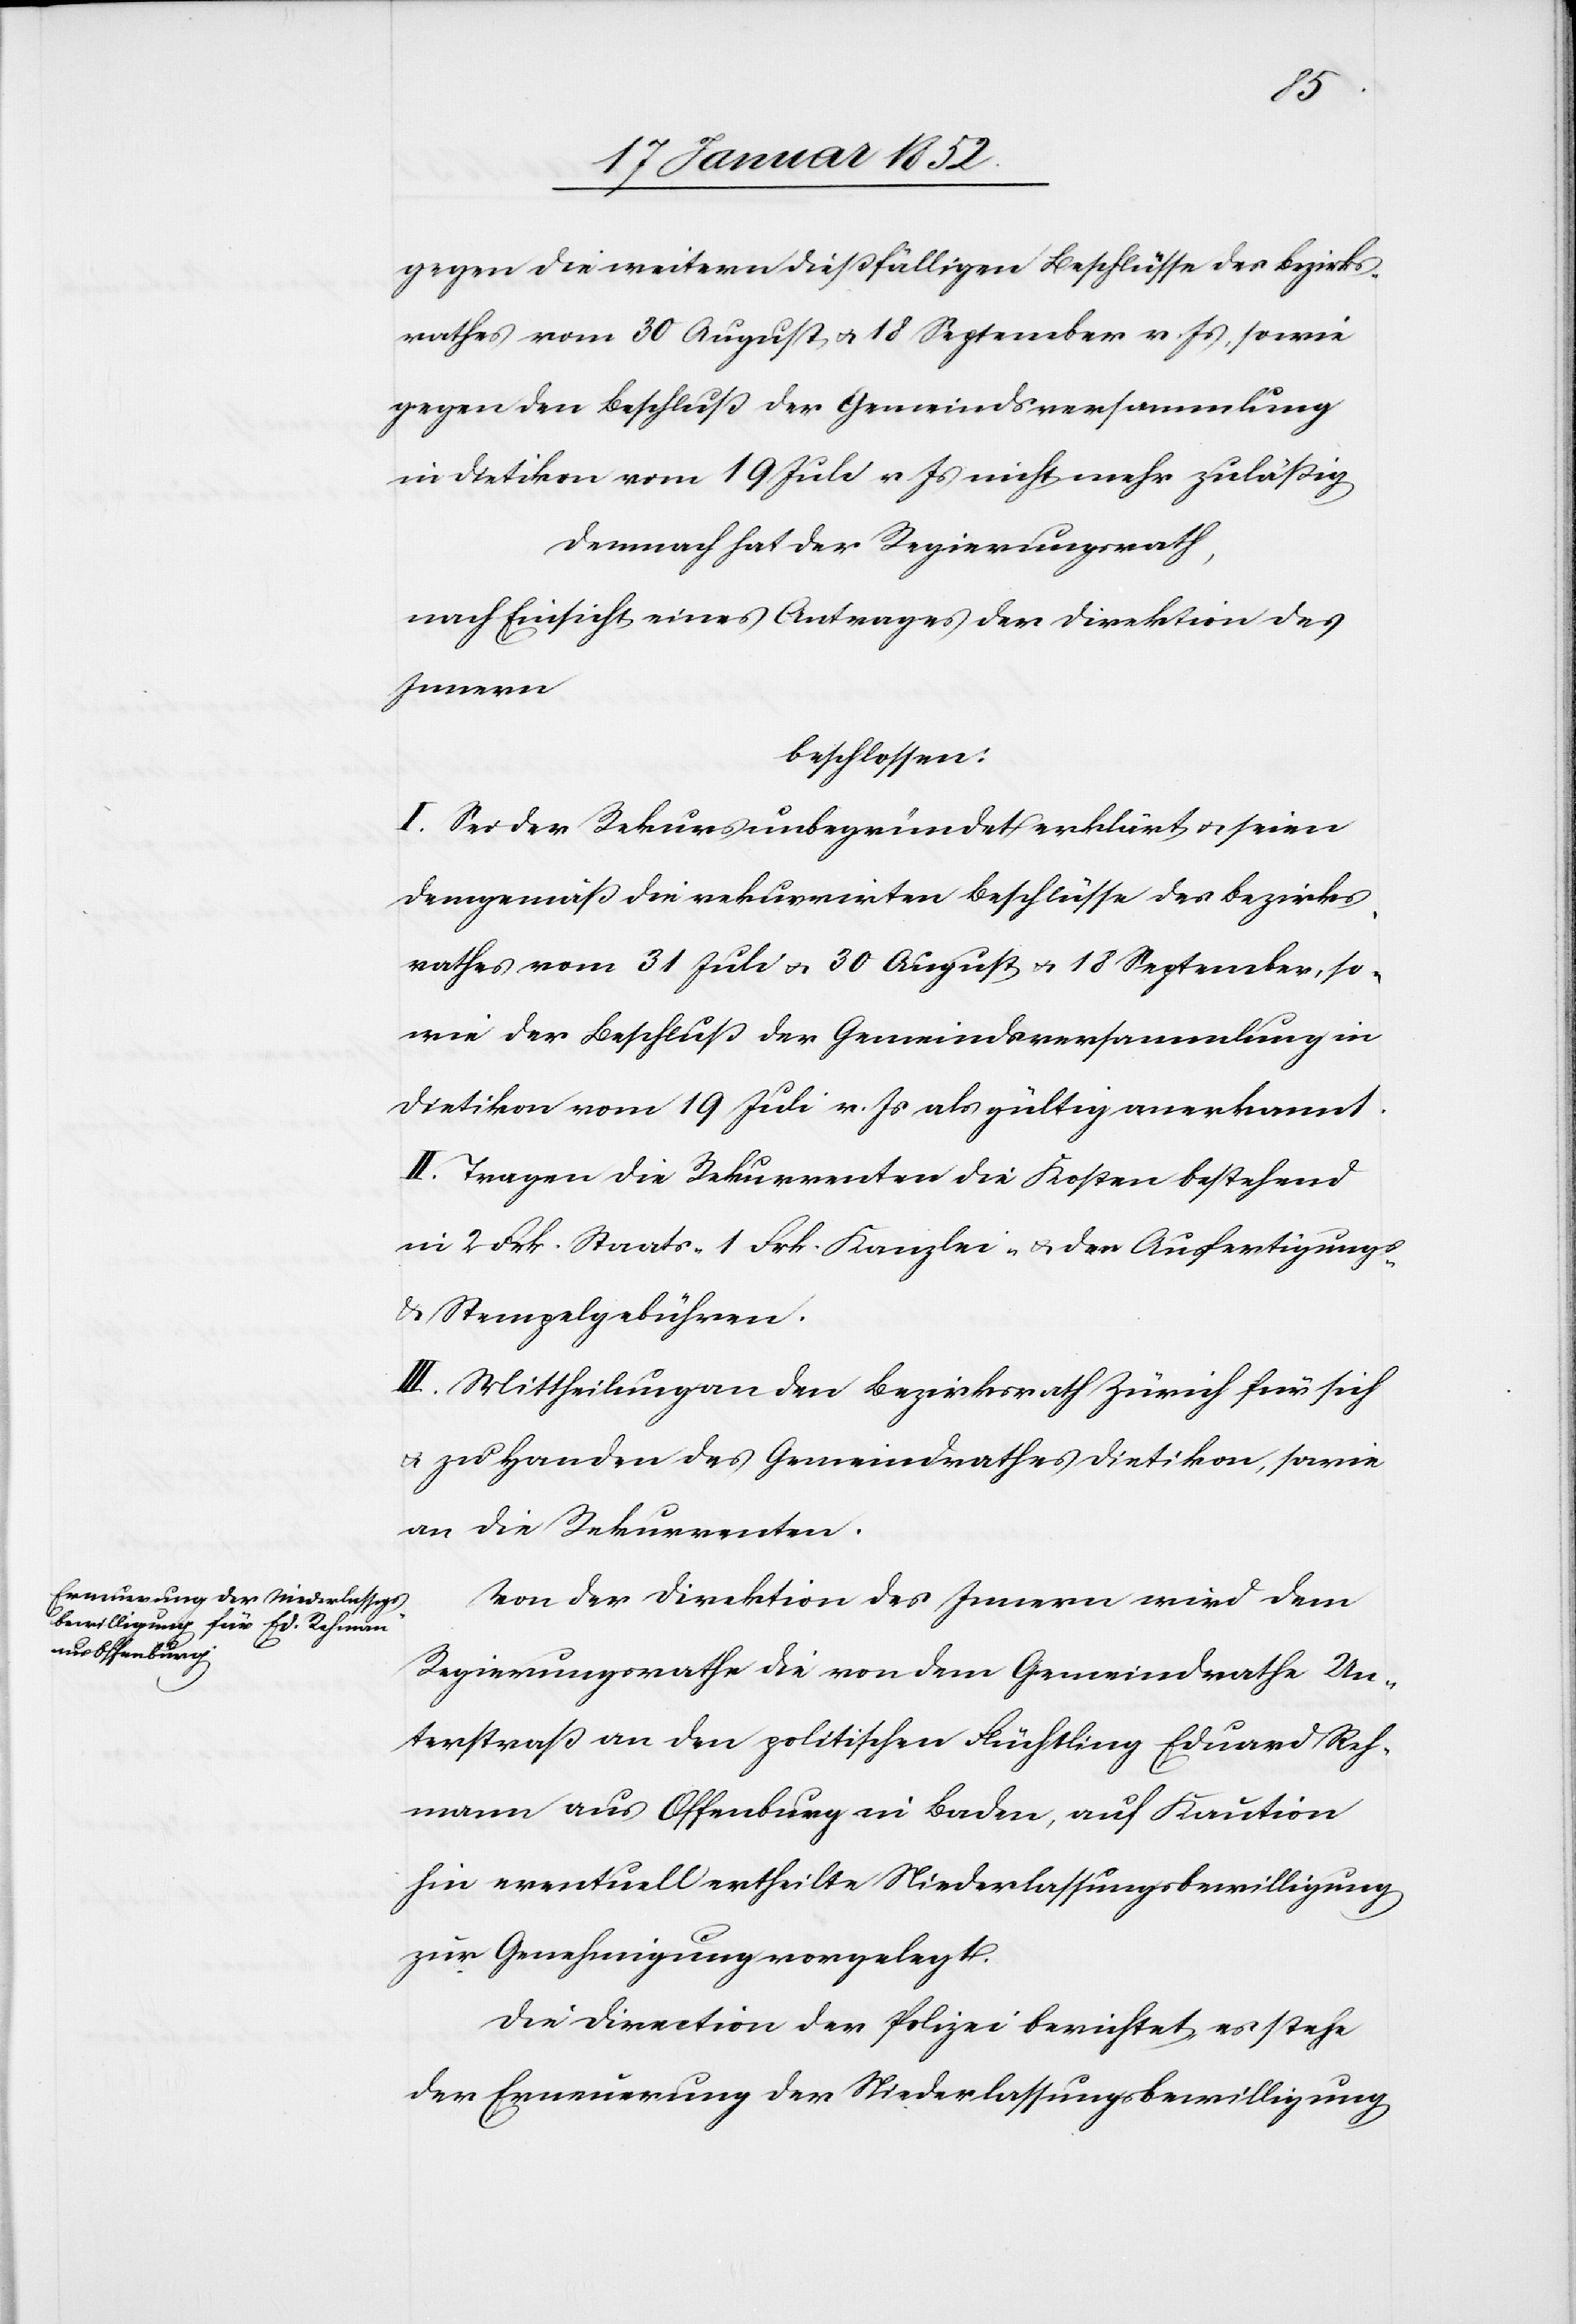
gegen die weitern dießfälligen Beschlüsse des Bezirks¬
rathes vom 30 August u. 18 September v. Js, sowie
gegen den Beschluß der Gemeindsversammlung
in Dietikon vom 10 Juli v. Js nicht mehr zuläßig.
Demnach hat der Regierungsrath,
nach Einsicht eines Antrages der Direktion des
Innern
beschlossen:
I. Sei der Rekurs unbegründet erklärt, u. seien
demgemäß die reklamirten Beschlüsse des Bezirks¬
rathes vom 31 Juli u. 30 August u. 18 September, so¬
wie der Beschluß der Gemeindsversammlung in
Dietikon vom 19 Juli v. Js als gültig anerkannt.
II. Tragen die Rekurrenten die Kosten bestehend
in 2 Frk. Staats- 1 Frk. Kanzlei- u. der Ausfertigungs-
u. Stempelgebühren.
III. Mittheilung an den Bezirksrath Zürich für sich
u. zu Handen des Gemeindrathes Dietikon, sowie
an die Rekurrenten.
Von der Direktion des Innern wird dem
Regierungsrathe die von dem Gemeindrathe Un¬
terstraß an den politischen Flüchtling Eduard Reh¬
mann aus Offenburg in Baden, auf Kaution
hin eventuell ertheilte Niederlassungsbewilligung
zur Genehmigung vorgelegt.
Die Direction der Polizei berichtet, es stehe
der Erneuerung der Niederlassungsbewilligung